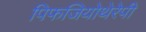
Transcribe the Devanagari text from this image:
पिफजियोथेरेपी